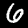
Digit: 6